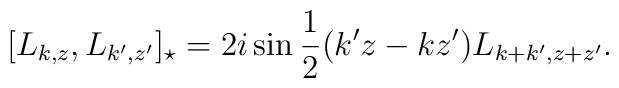
[L_{k,z},L_{k',z'}]_{\star}=2i\sin \frac{1}{2}(k'z-k z')L_{k+k',z+z'}.